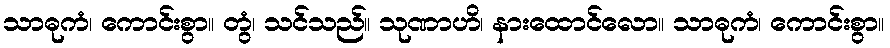
သာဓုကံ၊ ကောင်းစွာ။ တွံ၊ သင်သည်။ သုဏာဟိ၊ နားထောင်လော။ သာဓုကံ၊ ကောင်းစွာ။